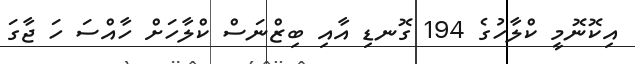
އިކޮނޮމީ ކްލާހުގެ 194 ގޮނޑި އާއި ބިޒްނަސް ކްލާހަށް ހާއްސަ ހަ ޖާގަ